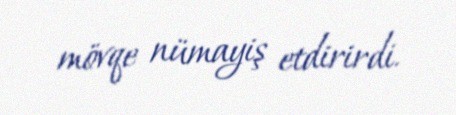
mövqe nümayiş etdirirdi.